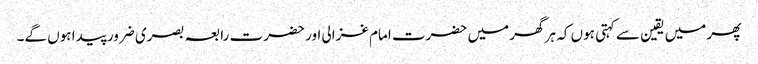
پھر میں یقین سے کہتی ہوں کہ ہر گھر میں حضرت امام غزالی اور حضرت رابعہ بصری ضرور پیدا ہوں گے۔